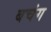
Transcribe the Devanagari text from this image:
बचंग